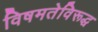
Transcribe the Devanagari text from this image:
विषमतेविरूद्ध